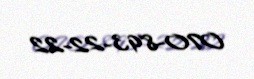
070-893-22-22